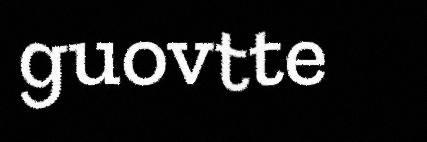
guovtte